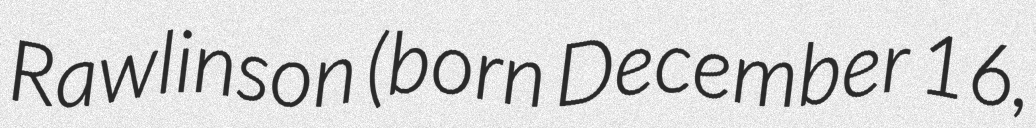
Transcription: Rawlinson (born December 16,